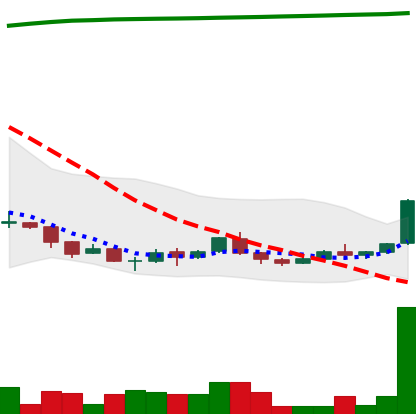
Ticker: ADA-USD
Chart end date: 2018-04-12
Forward return: 14.838%
Label: up_7plus